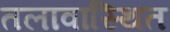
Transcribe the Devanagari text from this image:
तलावास्थित